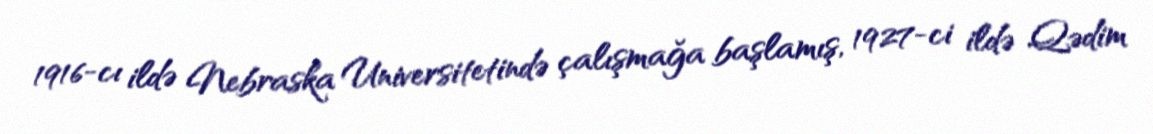
1916-cı ildə Nebraska Universitetində çalışmağa başlamış, 1927-ci ildə Qədim